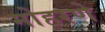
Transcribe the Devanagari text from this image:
मोहरणे